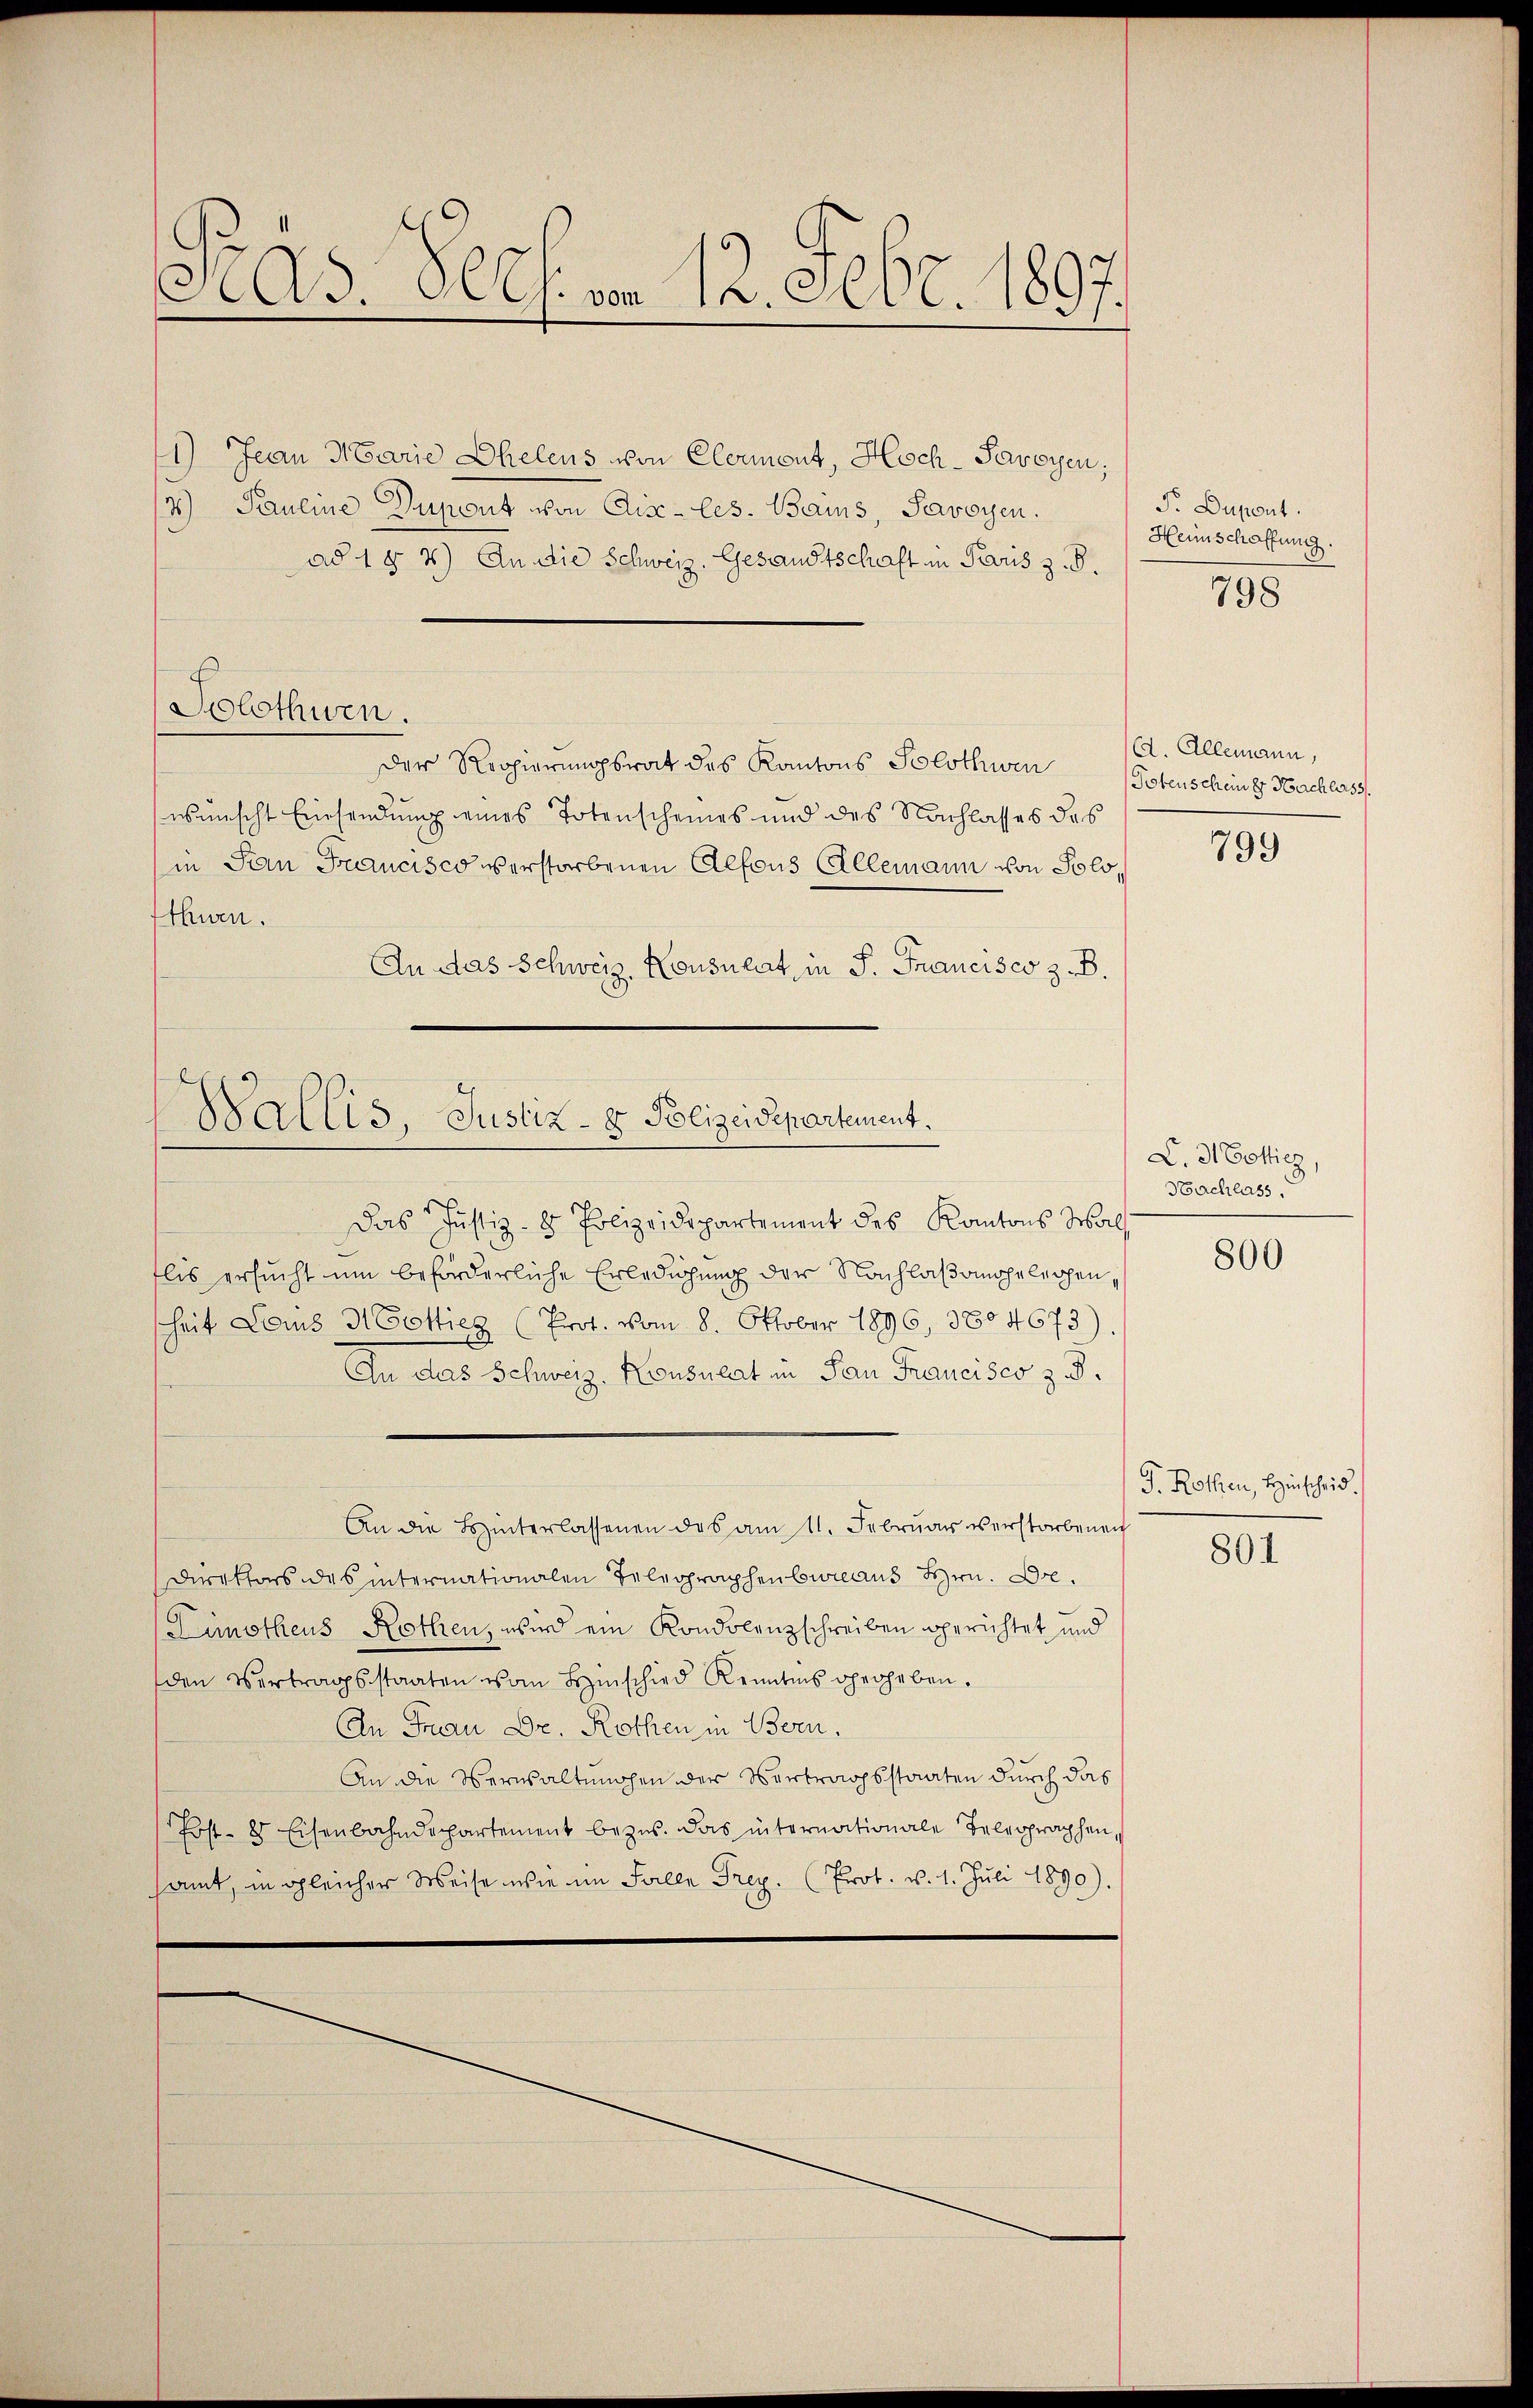
e
As. Ples. vom 12. Febr. 1897.

1) Jean Marie Ehelens von Clermont, Hoch-Savoyen;
4) Pauline Dupont von Cse-les-Bains, Savoyen.
ad 1 § 4) An die Schweiz. Gesandtschaft in Paris z. B.
Der Roopierungsrat des Kantons Solothwen Potenscheiner Nachlass
wünscht Einsendung eines Totenscheines und des Nachlasses des
in San Francisco verstorbenen Alfons Allemann von Solothurn.
An das Schweiz. Konsulat, in P. Francisco z. B.

Solothurn.

Wallis, Justiz- & Polizeidepartement.

Das Justiz- & Polizeidepartement des Kantons Mals
flis ersucht um beförderliche Erledigung der Nachlaßangelegenheit Lois H Cottiez (Prot. vom 8. Oktober 1896, 3804673)
In das Schweiz. Konsulat in Pan Francisco z.
Direktors des internationalen Telegraphenbureaus Hrn. Dr.
Limotheus Rothen, wird ein Kondolenzschreiben berichtet und
den Vertragsstaaten vom Hinschied Kenntnis gegeben.
An Frau Dr. Rothen in Bern,
An die Verwaltungen der Vertragsstaaten durch das
Post- 8 Eisenbahndepartement bezug. Das internationale Teleoprachen,
samt, in gleicher Weise wie im Falle Frey. (Erot. v. 1. Juli 1890).

An die Hinterlassenen des am 11. Februar verstorbenen

P. Dupont.
Heimschaffung.

798

(d. Allemann,
799

C. 3 Dotticz,
Nachlass

800

P. Rothen, Hinscheid.

801